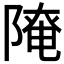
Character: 𨻚